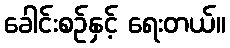
ခေါင်းစဉ်နှင့် ရေးတယ်။